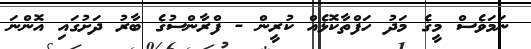
ނަމަވެސް މީގެ މަދު ހަފްތާކޮޅެއް ކުރީން - ފްރާންސުގެ ބާރު ދަށުގައި އޮންނަ